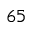
^ { 6 5 }